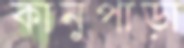
কানুপাড়া